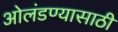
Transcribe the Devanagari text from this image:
ओलंडण्यासाठी